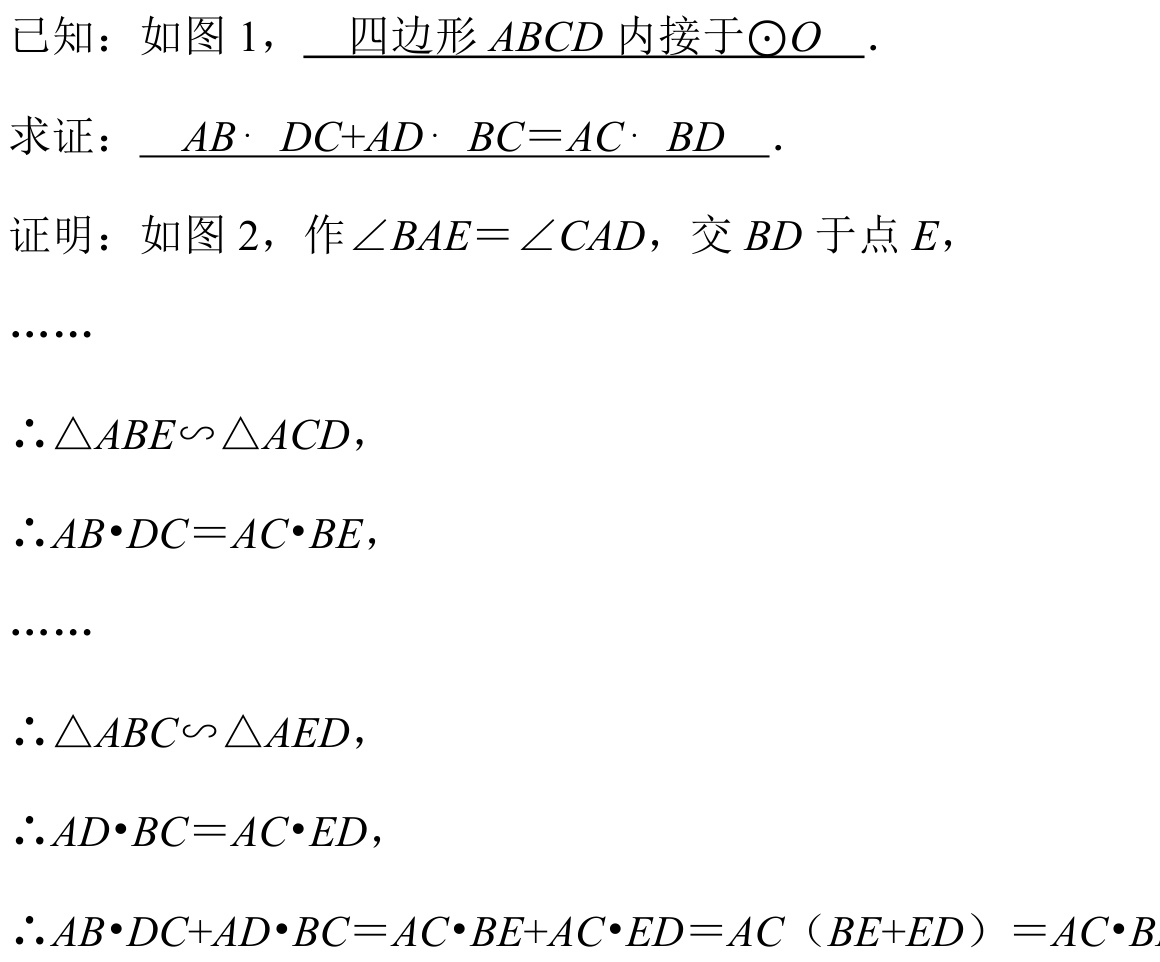
已知：如图 1，\(\underline{四边形ABCD内接于\odot O}\).
求证：\(\underline{AB\cdot DC + AD\cdot BC=AC\cdot BD}\).
证明：如图 2，作\(\angle BAE=\angle CAD\)，交\(BD\)于点\(E\)，
\(\cdots\cdots\)
\(\therefore\triangle ABE\sim\triangle ACD\)，
\(\therefore AB\cdot DC = AC\cdot BE\)，
\(\cdots\cdots\)
\(\therefore\triangle ABC\sim\triangle AED\)，
\(\therefore AD\cdot BC = AC\cdot ED\)，
\(\therefore AB\cdot DC+AD\cdot BC = AC\cdot BE+AC\cdot ED = AC（BE + ED）=AC\cdot BD\)